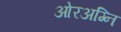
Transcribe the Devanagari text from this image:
ओरअग्नि